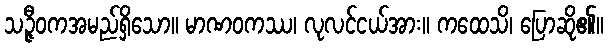
သဉ္ဇီဝကအမည်ရှိသော။ မာဏဝကဿ၊ လုလင်ငယ်အား။ ကထေသိ၊ ပြောဆို၏။